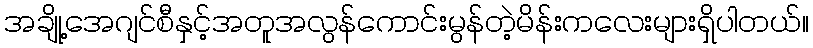
အချို့အေဂျင်စီနှင့်အတူအလွန်ကောင်းမွန်တဲ့မိန်းကလေးများရှိပါတယ်။